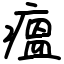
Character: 瘟